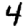
Digit: 4